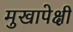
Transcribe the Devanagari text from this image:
मुखापेक्षी